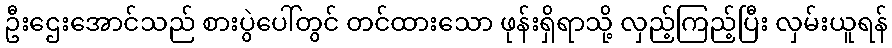
ဦးဌေးအောင်သည် စားပွဲပေါ်တွင် တင်ထားသော ဖုန်းရှိရာသို့ လှည့်ကြည့်ပြီး လှမ်းယူရန်